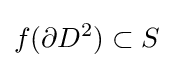
f(\partial D^{2})\subset S